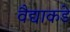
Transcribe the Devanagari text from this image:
वैद्याकडे